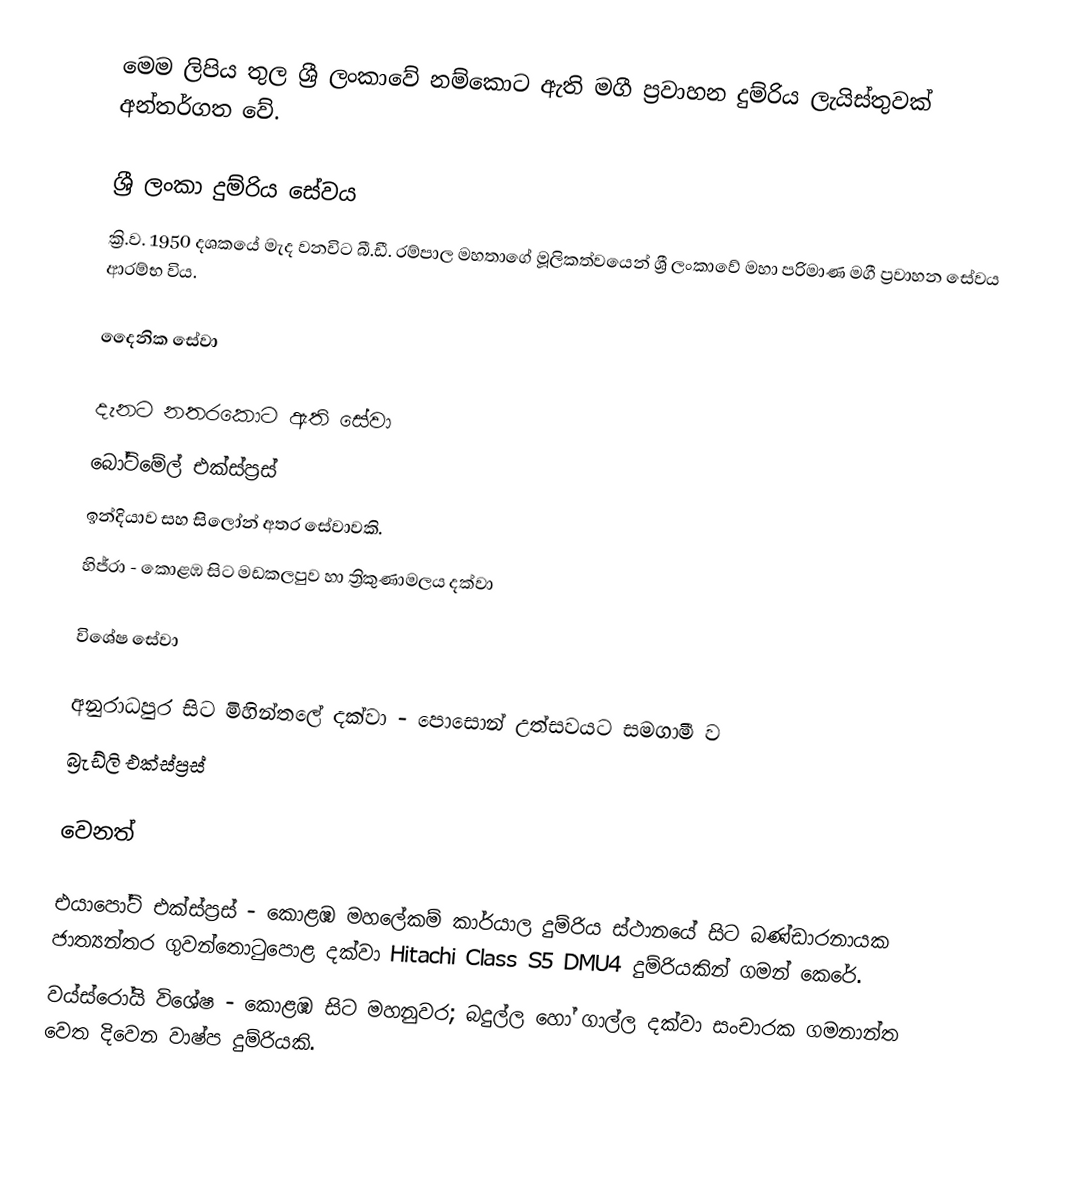
මෙම ලිපිය තුල ශ්‍රී ලංකාවේ නම්කොට ඇති මගී ප්‍රවාහන දුම්රිය ලැයිස්තුවක් අන්තර්ගත වේ.

ශ්‍රී ලංකා දුම්රිය සේවය
ක්‍රි.ව. 1950 දශකයේ මැද වනවිට බී.ඩී. රම්පාල මහතාගේ මූලිකත්වයෙන් ශ්‍රී ලංකාවේ මහා පරිමාණ මගී ප්‍රවාහන සේවය ආරම්භ විය.

දෛනික සේවා

දැනට නතරකොට ඇති සේවා
බෝට්මේල් එක්ස්ප්‍රස්
ඉන්දියාව සහ සිලෝන් අතර සේවාවකි.
 හිජ්රා - කොළඹ සිට මඩකලපුව හා ත්‍රිකුණාමලය දක්වා

විශේෂ සේවා

 අනුරාධපුර සිට මිහින්තලේ දක්වා - පොසොන් උත්සවයට සමගාමී ව
 බ්‍රැඩ්ලි එක්ස්ප්‍රස්

වෙනත්

 එයාපෝට් එක්ස්ප්‍රස් - කොළඹ මහලේකම් කාර්යාල දුම්රිය ස්ථානයේ සිට බණ්ඩාරනායක ජාත්‍යන්තර ගුවන්තොටුපොළ දක්වා Hitachi Class S5 DMU4 දුම්රියකින් ගමන් කෙරේ.
 වය්ස්රෝයි විශේෂ - කොළඹ සිට මහනුවර; බදුල්ල හෝ ගාල්ල දක්වා සංචාරක ගමනාන්ත වෙත දිවෙන වාෂ්ප දුම්රියකි.